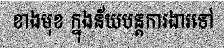
ខាងមុខ ក្នុងន័យបន្តការងារទៅ